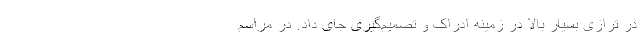
در ترازی بسیار بالا در زمینه ادراک و تصمیم‌گیری جای داد. در مراسم